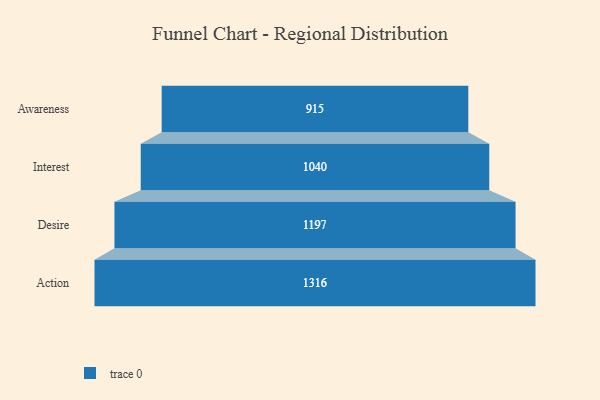
{"axis": {"x": "Stage", "y": "Value"}, "legend": [""], "data": [{"x": "Awareness", "y": 915.0, "type": ""}, {"x": "Interest", "y": 1040.0, "type": ""}, {"x": "Desire", "y": 1197.0, "type": ""}, {"x": "Action", "y": 1316.0, "type": ""}]}